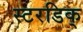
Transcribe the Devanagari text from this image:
स्टरडिक्